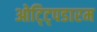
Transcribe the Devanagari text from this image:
ओट्ट्पिडारम